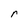
Character: r